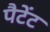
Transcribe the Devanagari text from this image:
पैटेंट